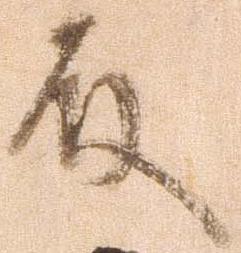
殿